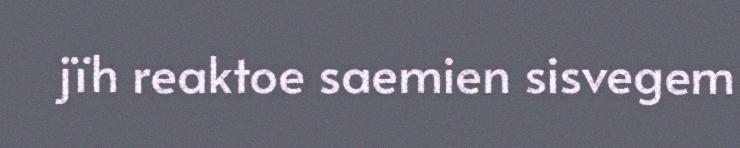
jïh reaktoe saemien sisvegem